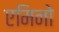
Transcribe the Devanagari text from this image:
एमिनो